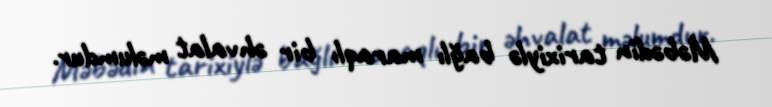
Məbədin tarixiylə bağlı maraqlı bir əhvalat məlumdur.